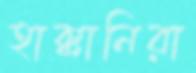
হাক্কানিরা